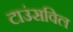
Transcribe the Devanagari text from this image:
टाउंसविल